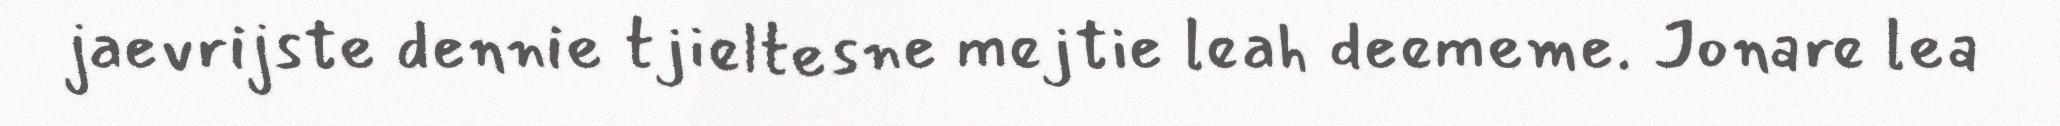
jaevrijste dennie tjieltesne mejtie leah deememe. Jonare lea